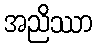
အညိဿာ